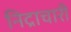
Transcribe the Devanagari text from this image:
निद्राचारी